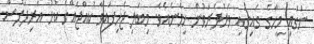
ނަގައި މީހާގެ ގައިގައި ވަރުދެރަވުން ހިމެނެއެވެ. މިބަލި ޖެހިފައިވާ ކުއްޖެއްގެ ކުޅު އަރިދަފުސް